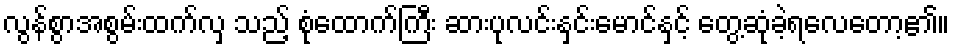
လွန်စွာအစွမ်းထက်လှ သည့် စုံထောက်ကြီး ဆားပုလင်းနှင်းမောင်နှင့် တွေ့ဆုံခဲ့ရလေတော့၏။